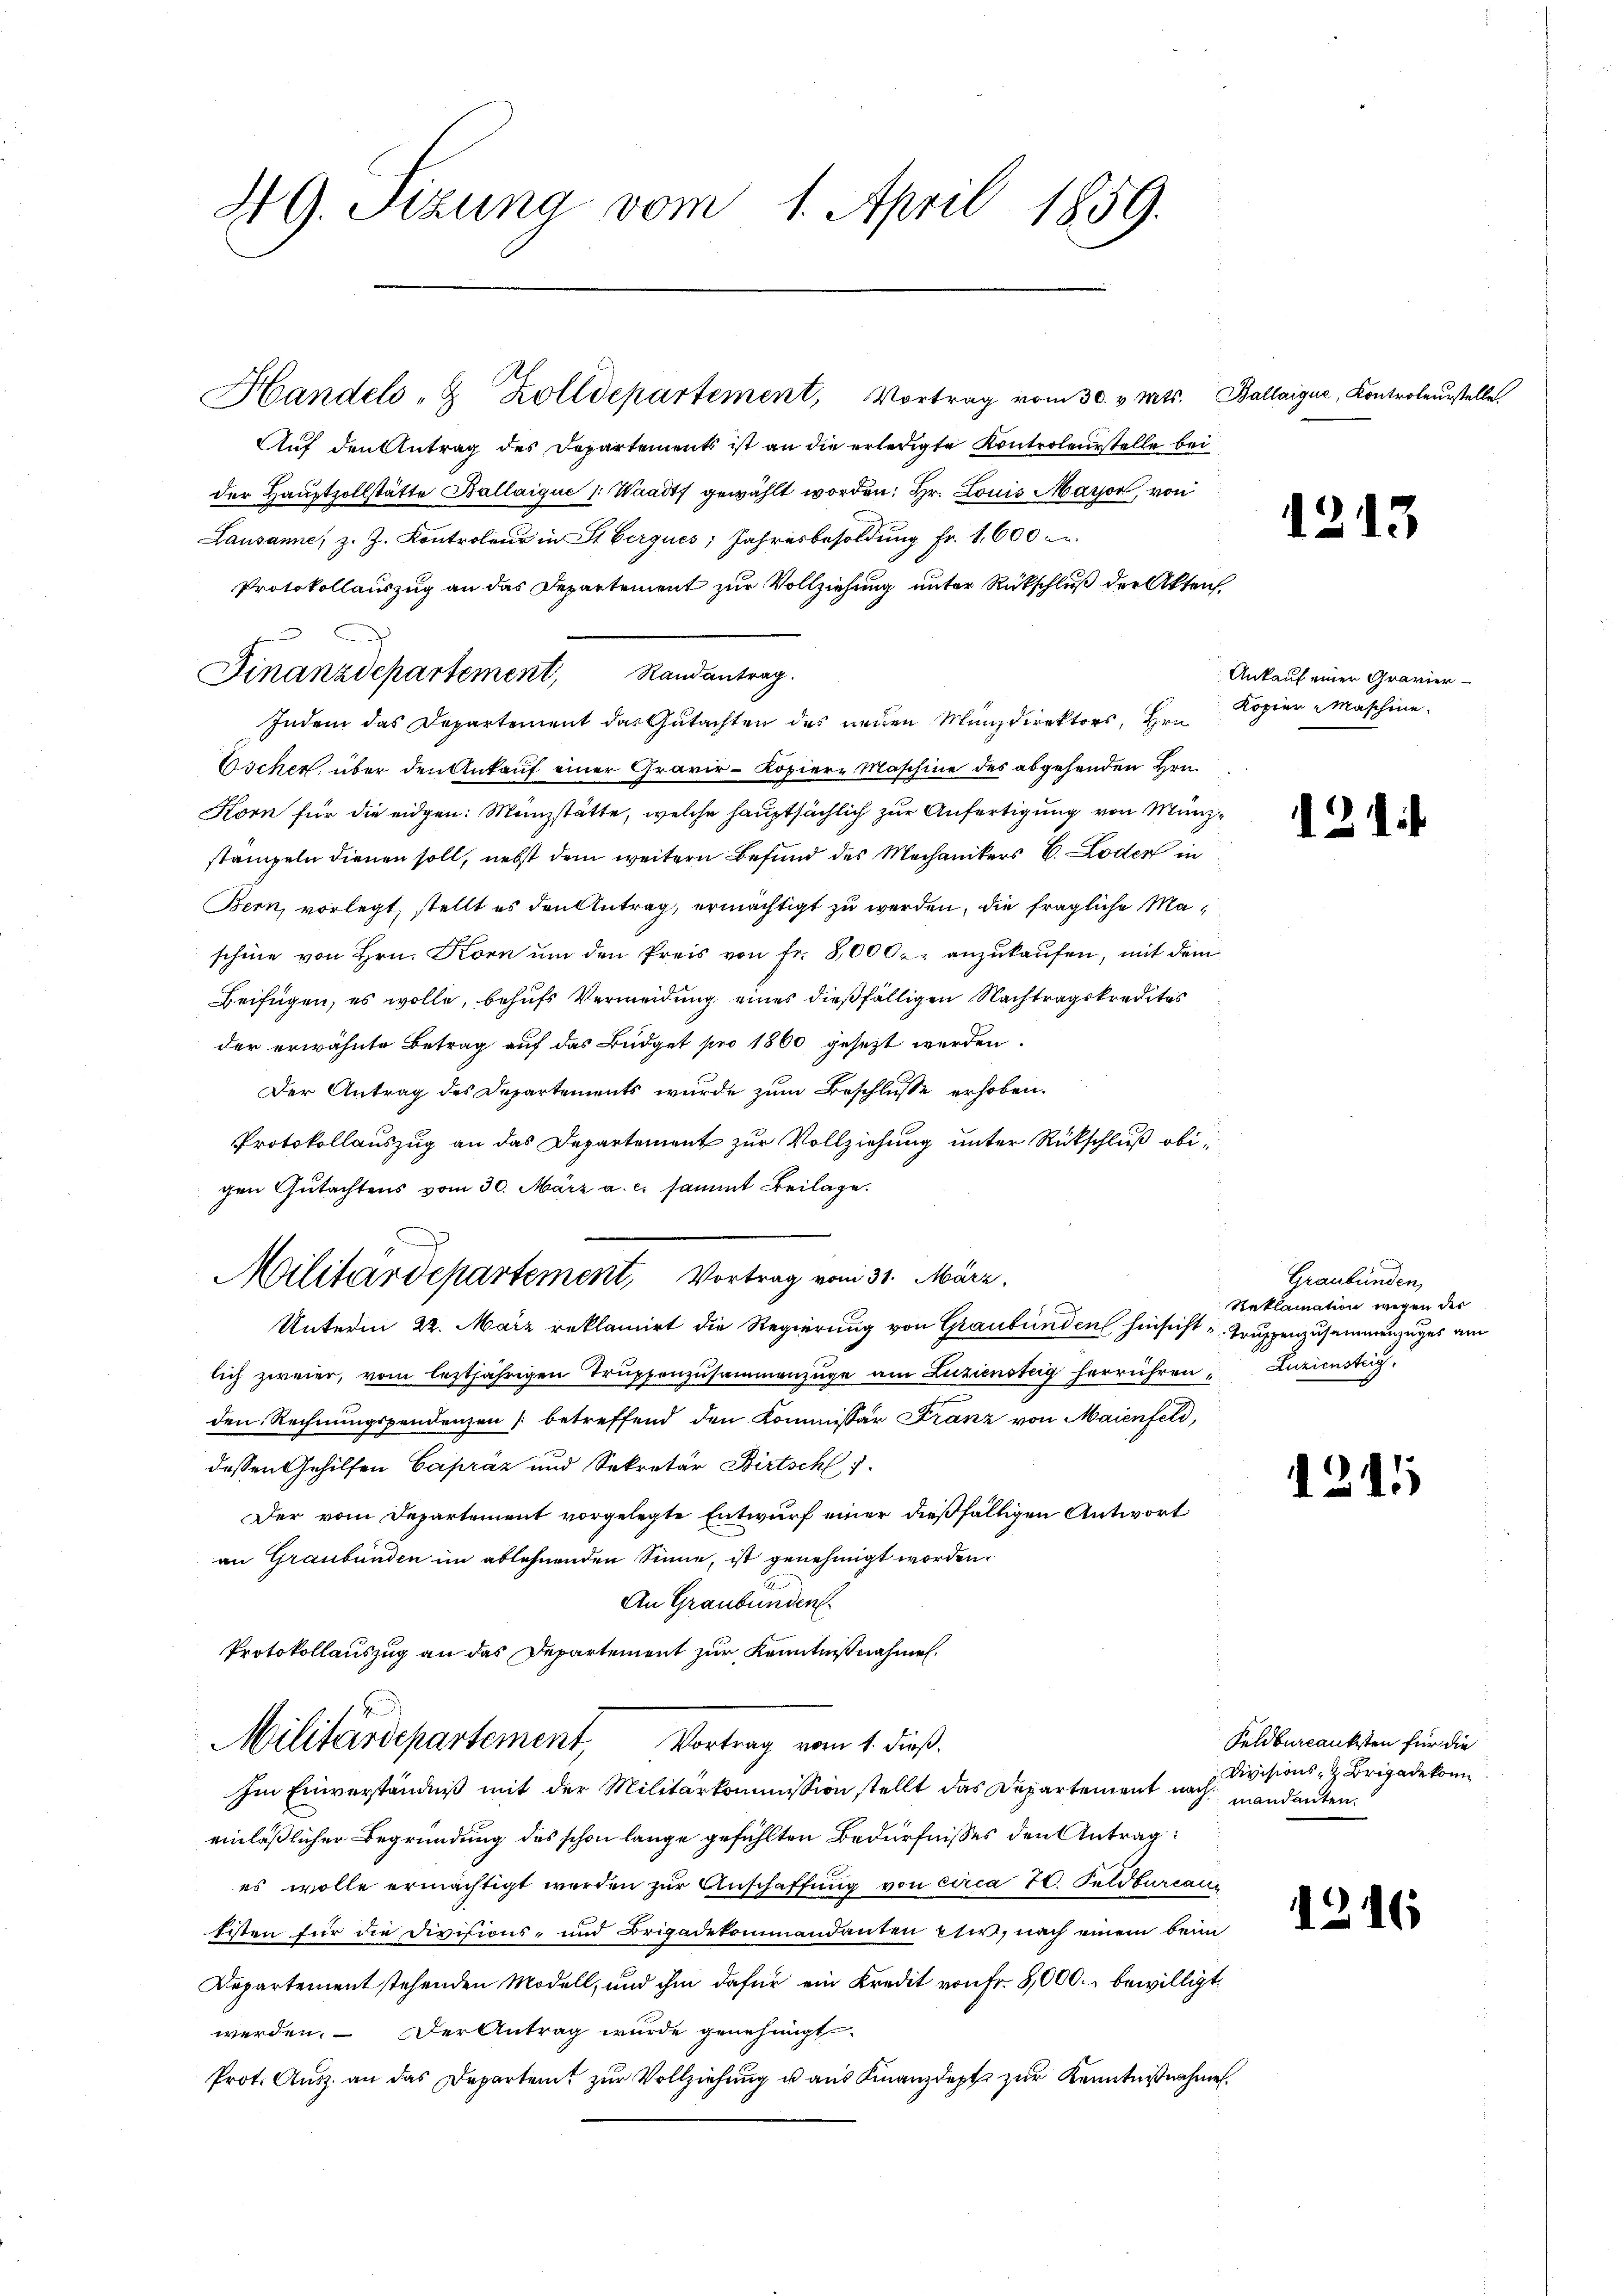
NG. Sizung vom 1. April 1859.

Handels- & Zolldepartement, Vortrag vom 30. v. Mts. Ballaigue, Kontroleurstelle.
Auf den Antrag des Departements ist an die erledigte Kontroleustelle bei
der Hauptzollstätte Ballaiqué 1: Waadt) gewählt worden: Hr. Louis Marser, von
Lausanne, z. Z. Kontroleur in St. Gerques; Jahresbesoldung Fr. 1,600 c.
Protokollauszug an das Departement zur Vollziehung unter Rückschluß der Akten.
Indem das Departement das Gutachten des neuen Münzdirektors, Hrn.
Oscher, über den Ankauf einer Gravir-Kopiere Maschine des abgehenden Hrn.
Korn für die eidgen: Münzstätte, welche hauptsächlich zur Anfertigung von Münzstampeln dienen soll, nebst dem weitern Befund des Mechanikers E. Loden in
Bern, vorlegt, stellt es den Antrag, ermächtigt zu werden, die fragliche Mascheine von Hrn. Korn ŭm den Preis von fr. 8000.- anzukaufen, mit dem
Beifügen, es wolle, behufs Vermeidung eines dießfälligen Nachtragskredites
der erwähnte Betrag auf das Büdget pro 1860 gesezt werden.
Der Antrag des Departements wurde zum Beschlusse erhoben.
Protokollauszug an das Departement zur Vollziehung unter Rückschluß obigen Gutachtens vom 30. März a. c. sammt Beilage.
d
Militärdepartement, Vortrag vom 31. März.
Unterm 22. März reklamirt die Regierung von Graubünden hinsicht u. Truppenzusammenzuges am
lich zweier, vom leztjährigen Trŭppenzusammenzüge am Luziensteig herrühren " Luziensteig.
den Rechnungspendenzen (betreffend den Kommissär Franz von Maienfeld,
dessen Gehilfen Capráz und Sekretär Birtsch,
Der vom Departement vorgelegte Entwurf einer dießfälligen Antwort
an Graubünden im ablehnenden Sinne, ist genehmigt worden.
An Graubünden.
Protokollauszug an das Departement zur Kenntnißnahmen.
Militärdepartement Vortrag vom 1. dieß.
Im Einverständniß mit der Militärkommission stellt das Departement nach mandanten.
einläßlicher Begründung des schon lange gefühlten Bedürfnisses den Antrag:
es wolle ermächtigt werden zŭr Anschaffung von circa 70. Feldbureau
Eisten für die Divisions- und Brigadekommandanten Eti, nach einem beim
Departement stehenden Modell, und ihm dafür ein Kredit von Fr. 8,000 bewilligt
werden. – Der Antrag wurde genehmigt.
Prot. Ausz an das Departent zur Vollziehung u aus Finanzdept zur Kenntnißnahme

Finanzdepartement, Randantrag.

12

Ankauf einer Gravier¬
Kopier Maschine.

121.

Graubünden,
Reklamation wegen der

3

15

l

Feldburcanksten für die
Divisions- & Brigadekom

1216